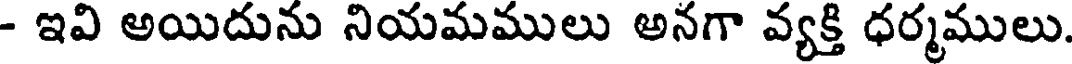
- ఇవి అయిదును నియమములు అనగా వ్యక్తి ధర్మములు